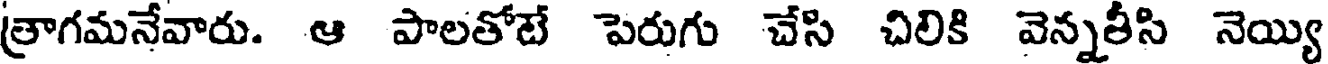
త్రాగమనేవారు. ఆ పాలతోటే పెరుగు చేసి చిలికి వెన్నతీసి నెయ్యి